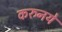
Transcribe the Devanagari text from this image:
करुनये